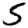
Digit: 5